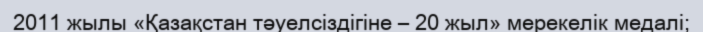
2011 жылы «Қазақстан тәуелсіздігіне – 20 жыл» мерекелік медалі;